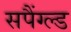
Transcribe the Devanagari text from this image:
सपैंग्ल्ड